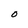
Character: O